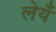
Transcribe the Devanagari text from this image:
लेयँ